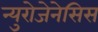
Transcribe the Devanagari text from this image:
न्युरोजेनेसिस